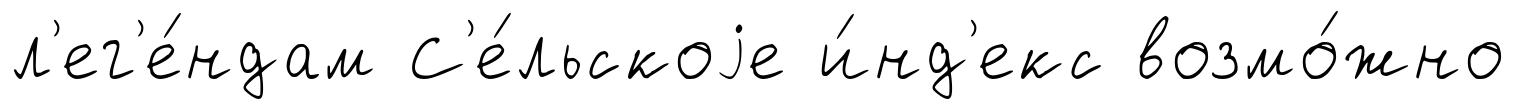
л'ег'е́ндам С'е́льскоjе и́нд'екс возмо́жно